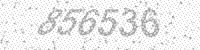
Solution: 856536